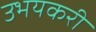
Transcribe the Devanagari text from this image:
उभयकरी